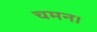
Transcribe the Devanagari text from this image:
चमन।